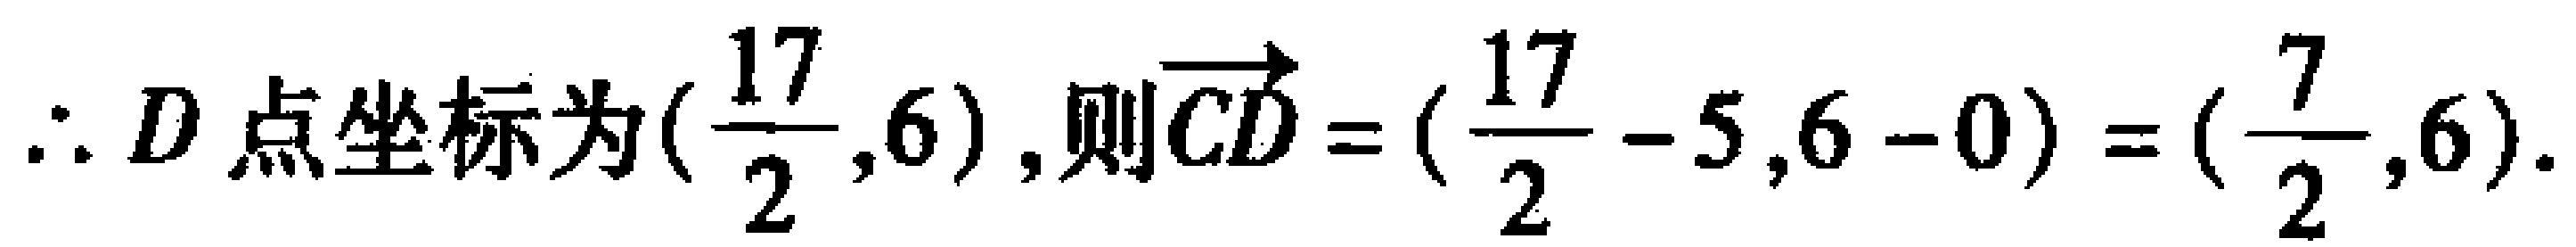
$\therefore D\text{ 点坐标为}(\frac{17}{2},6)\text{, 则}\overrightarrow{CD}=(\frac{17}{2}-5,6 - 0)=(\frac{7}{2},6).$